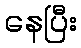
နေပြီး